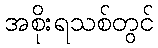
အစိုးရသစ်တွင်